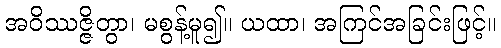
အဝိဿဇ္ဇိတွာ၊ မစွန့်မူ၍။ ယထာ၊ အကြင်အခြင်းဖြင့်။